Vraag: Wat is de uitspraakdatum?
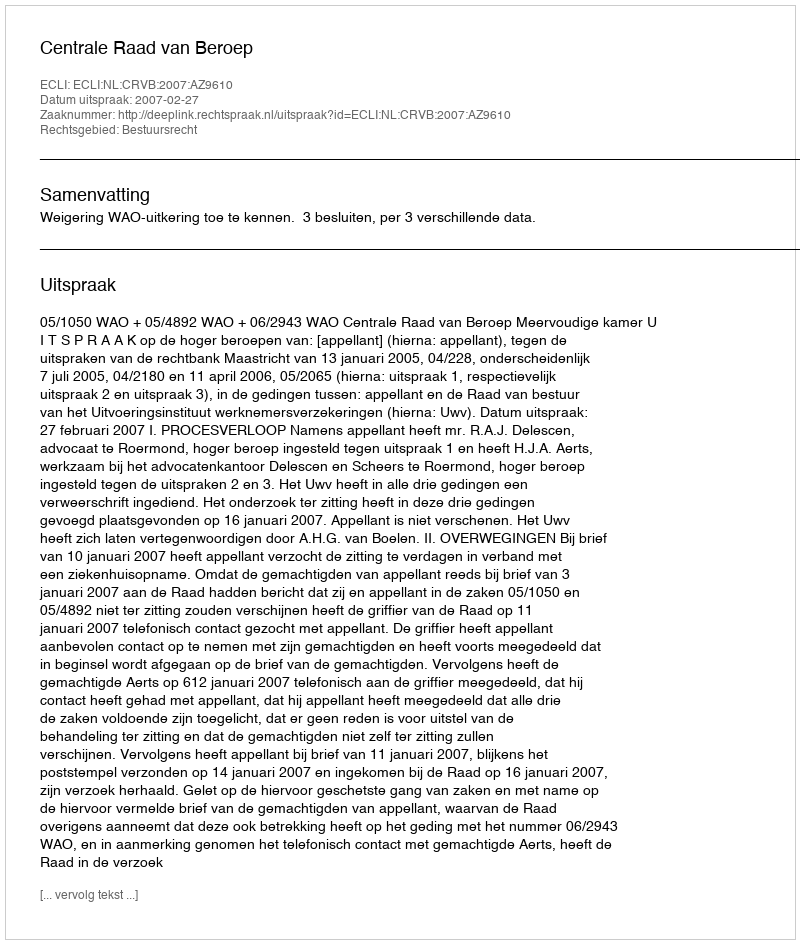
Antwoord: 2007-02-27